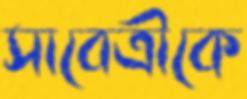
সাবেত্রীকে